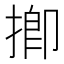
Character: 揤